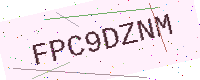
Text: FPC9DZNM